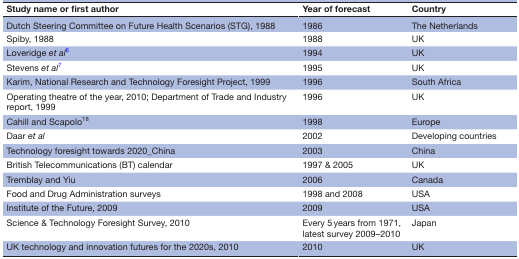
<table><thead><tr><td><b>Study name or first author</b></td><td><b>Year of forecast</b></td><td><b>Country</b></td></tr></thead><tbody><tr><td>Dutch Steering Committee on Future Health Scenarios (STG), 1988</td><td>1986</td><td>The Netherlands</td></tr><tr><td>Spiby, 1988</td><td>1988</td><td>UK</td></tr><tr><td>Loveridge <i>et al</i>6</td><td>1994</td><td>UK</td></tr><tr><td>Stevens <i>et al</i>7</td><td>1995</td><td>UK</td></tr><tr><td>Karim, National Research and Technology Foresight Project, 1999</td><td>1996</td><td>South Africa</td></tr><tr><td>Operating theatre of the year, 2010; Department of Trade and Industry report, 1999</td><td>1996</td><td>UK</td></tr><tr><td>Cahill and Scapolo<sup>18</sup></td><td>1998</td><td>Europe</td></tr><tr><td>Daar <i>et al</i></td><td>2002</td><td>Developing countries</td></tr><tr><td>Technology foresight towards 2020_China</td><td>2003</td><td>China</td></tr><tr><td>British Telecommunications (BT) calendar</td><td>1997 &amp; 2005</td><td>UK</td></tr><tr><td>Tremblay and Yiu</td><td>2006</td><td>Canada</td></tr><tr><td>Food and Drug Administration surveys</td><td>1998 and 2008</td><td>USA</td></tr><tr><td>Institute of the Future, 2009</td><td>2009</td><td>USA</td></tr><tr><td>Science &amp; Technology Foresight Survey, 2010</td><td>Every 5 years from 1971, latest survey 2009–2010</td><td>Japan</td></tr><tr><td>UK technology and innovation futures for the 2020s, 2010</td><td>2010</td><td>UK</td></tr></tbody></table>